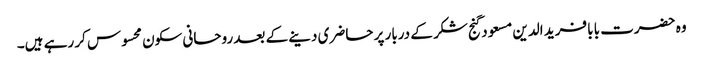
وہ حضرت بابا فرید الدین مسعود گنج شکر کے دربار پر حاضری دینے کے بعد روحانی سکون محسوس کر رہے ہیں۔